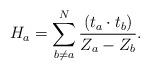
LaTeX: \begin{align*}H_a = \sum^N_{b \neq a} \frac{(t_a \cdot t_b )}{Z_a - Z_b} .\end{align*}